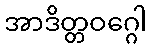
အာဒိတ္တဝဂ္ဂေါ